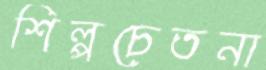
শিল্পচেতনা